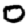
Digit: 0